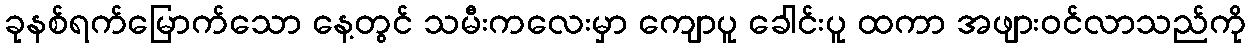
ခုနစ်ရက်မြောက်သော နေ့တွင် သမီးကလေးမှာ ကျောပူ ခေါင်းပူ ထကာ အဖျားဝင်လာသည်ကို